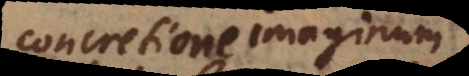
concretione imaginum